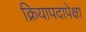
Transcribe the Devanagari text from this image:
क्रियापदापेक्षा